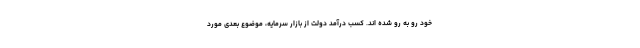
خود رو به رو شده اند. کسب درآمد دولت از بازار سرمایه، موضوع بعدی مورد